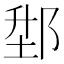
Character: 𨛘